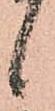
候